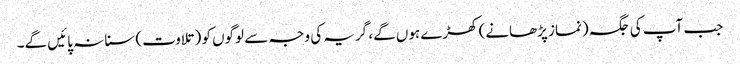
جب آپ کی جگہ (نماز پڑھانے) کھڑے ہوں گے، گریہ کی وجہ سے لوگوں کو (تلاوت) سنا نہ پائیں گے۔